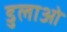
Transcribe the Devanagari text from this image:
डुलाओ